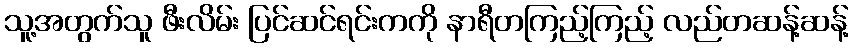
သူ့အတွက်သူ ဖီးလိမ်း ပြင်ဆင်ရင်းကကို နာရီတကြည့်ကြည့် လည်တဆန့်ဆန့်